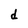
Character: d